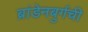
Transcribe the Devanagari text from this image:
ब्रांडेनबुर्गची